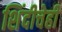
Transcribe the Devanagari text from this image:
शिंदीचेही